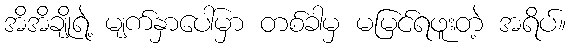
အိအိချိုရဲ့ မျက်နှာပေါ်မှာ တစ်ခါမှ မမြင်ရဖူးတဲ့ အရိပ်။